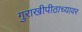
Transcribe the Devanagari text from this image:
गुराखीपीठाच्यावर